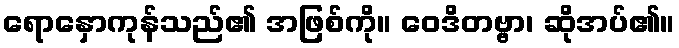
ရောနှောကုန်သည်၏ အဖြစ်ကို။ ဝေဒိတဗ္ဗာ၊ ဆိုအပ်၏။